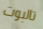
تالبوت